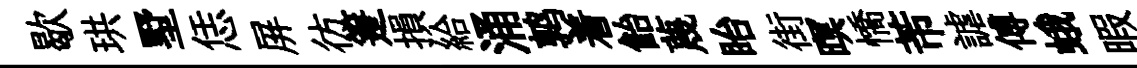
歇珙墅恁屏彷箑損給涌鹑着飴蔑眙街暝憍芾謔傅蛾暇